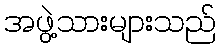
အဖွဲ့သားများသည်